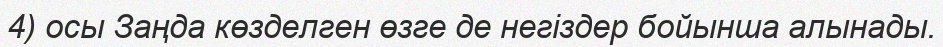
4) осы Заңда көзделген өзге де негіздер бойынша алынады.